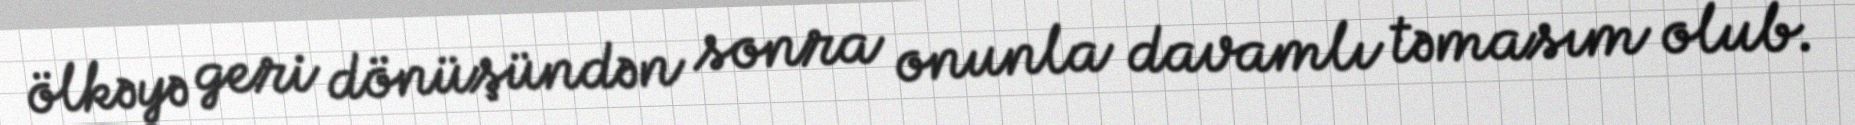
ölkəyə geri dönüşündən sonra onunla davamlı təmasım olub.